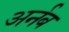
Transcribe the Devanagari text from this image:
अर्नब